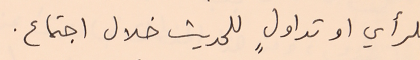
للرأي او تداولٍ للحديث خلال اجتماع.